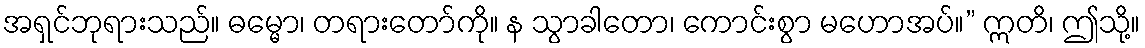
အရှင်ဘုရားသည်။ ဓမ္မော၊ တရားတော်ကို။ န သွာခါတော၊ ကောင်းစွာ မဟောအပ်။” ဣတိ၊ ဤသို့။